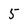
Character: 5